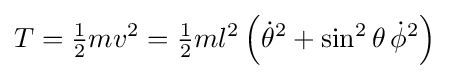
T={\tfrac {1}{2}}mv^{2}={\tfrac {1}{2}}ml^{2}\left({\dot {\theta }}^{2}+\sin ^{2}\theta \,{\dot {\phi }}^{2}\right)